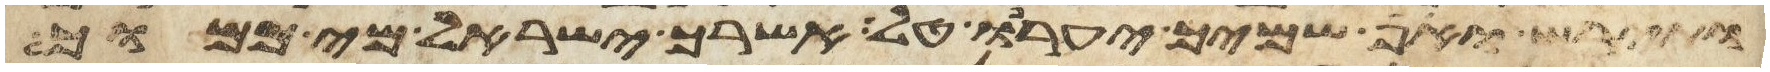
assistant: ותירש ואף שמיך יערפו טל אשרך ישראל מי כמוך